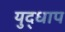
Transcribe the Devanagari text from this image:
युद्धाप